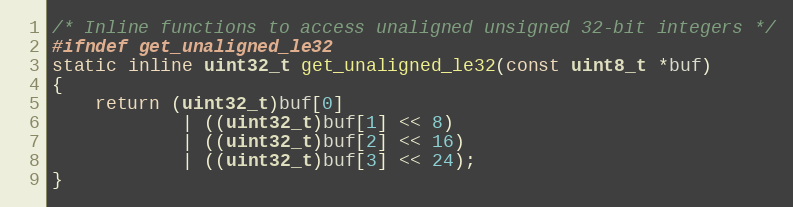
Language: C
/* Inline functions to access unaligned unsigned 32-bit integers */
#ifndef get_unaligned_le32
static inline uint32_t get_unaligned_le32(const uint8_t *buf)
{
    return (uint32_t)buf[0]
            | ((uint32_t)buf[1] << 8)
            | ((uint32_t)buf[2] << 16)
            | ((uint32_t)buf[3] << 24);
}